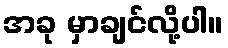
အခု မှာချင်လို့ပါ။